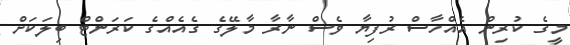
މީގެ ކުރިން އެއްހާސް ރުފިޔާ ވެސް ނާރާ މާލޭގެ ގެއެއްގެ ކަރަންޓް ބިލަކަށް